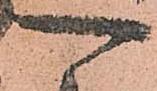
可